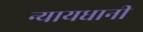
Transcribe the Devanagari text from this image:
न्यायधानी